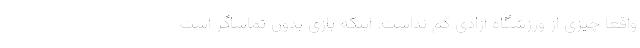
واقعاً چیزی از ورزشگاه آزادی کم نداشت. اینکه بازی بدون تماشاگر است